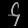
Digit: ၄